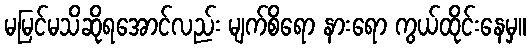
မမြင်မသိဆိုရအောင်လည်း မျက်စိရော နားရော ကွယ်ထိုင်းနေမှ။